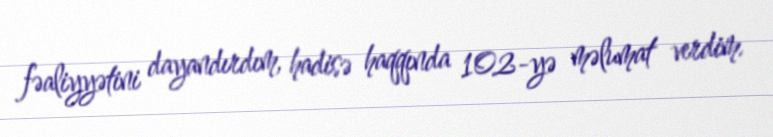
fəaliyyətini dayandırdım, hadisə haqqında 102-yə məlumat verdim.